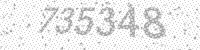
Solution: 735348